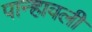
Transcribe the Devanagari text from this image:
पान्हावली